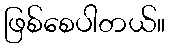
ဖြစ်စေပါတယ်။